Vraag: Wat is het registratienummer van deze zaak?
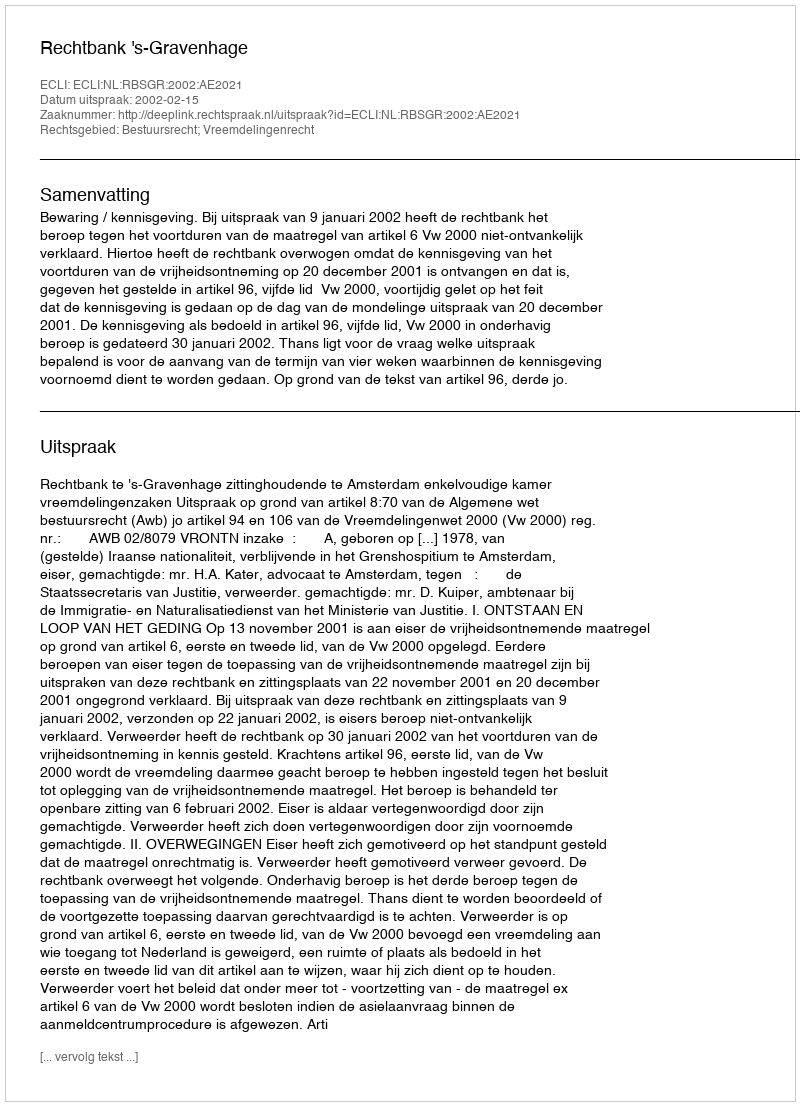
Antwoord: http://deeplink.rechtspraak.nl/uitspraak?id=ECLI:NL:RBSGR:2002:AE2021